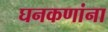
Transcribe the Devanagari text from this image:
घनकणांना